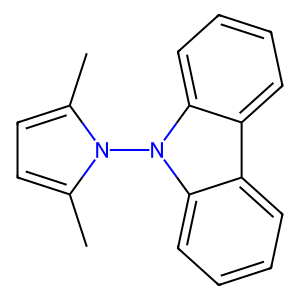
SMILES: Cc1ccc(C)n1-n1c2ccccc2c2ccccc21
Inhibits HIV replication: No